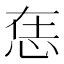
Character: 𢙮